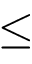
\leq